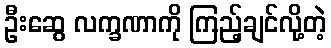
ဦးဆွေ လက္ခဏာကို ကြည့်ချင်လို့တဲ့